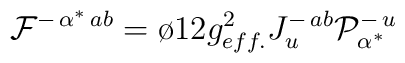
{\cal F}^{-\,\alpha^*\,ab}= \o{1}{2}g^2_{eff.}J^{-\,ab}_u {\cal P}_{\alpha^*}^{-\, u}